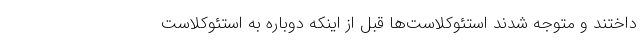
داختند و متوجه شدند استئوکلاست‌ها قبل از اینکه دوباره به استئوکلاست